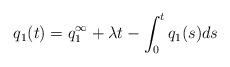
LaTeX: \begin{align*}q_1(t)=q_1^\infty+\lambda t-\int_0^tq_1(s)ds\end{align*}